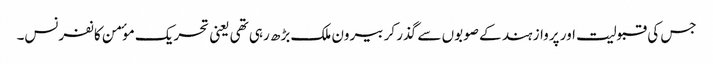
جس کی قبولیت اور پرواز ہند کے صوبوں سے گذر کر بیرون ملک بڑھ رہی تھی یعنی تحریک موٴمن کانفرنس۔